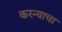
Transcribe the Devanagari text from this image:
करन्याचा